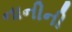
નાનીની